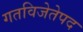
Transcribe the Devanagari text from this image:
गतविजेतेपद